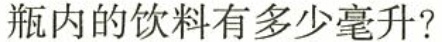
瓶内的饮料有多少毫升?